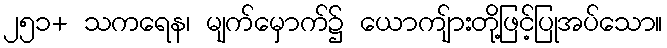
၂၅၁+ သကရေန၊ မျက်မှောက်၌ ယောကျ်ားတို့ဖြင့်ပြုအပ်သော။